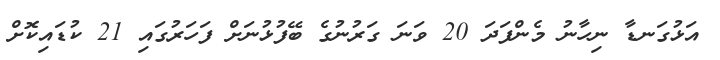
އަޅުގަނޑާ ނިހާނު މެންފަދަ 20 ވަނަ ގަރުނުގެ ބޭފުޅުނަށް ފަހަރުގައި 21 ކުޑައިކޮށް